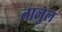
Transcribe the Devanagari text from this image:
तालुल